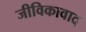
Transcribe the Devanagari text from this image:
जीविकावाद